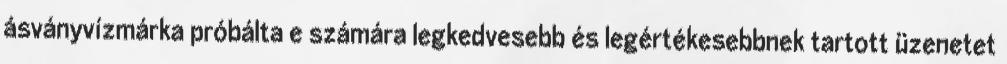
ásványvízmárka próbálta e számára legkedvesebb és legértékesebbnek tartott üzenetet